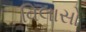
વિલાસો